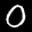
Label: 0